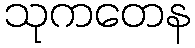
သုကတေန